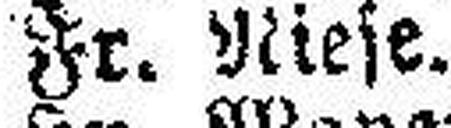
Fr. Niese.